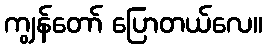
ကျွန်တော် ပြောတယ်လေ။